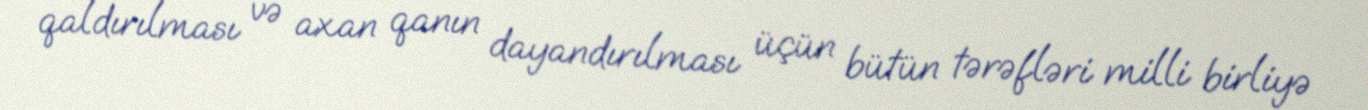
qaldırılması və axan qanın dayandırılması üçün bütün tərəfləri milli birliyə